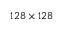
1 2 8 \times 1 2 8